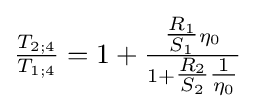
{\tfrac {T_{2;4}}{T_{1;4}}}=1+{\tfrac {{\tfrac {R_{1}}{S_{1}}}\eta _{0}}{1+{\tfrac {R_{2}}{S_{2}}}{\tfrac {1}{\eta _{0}}}}}